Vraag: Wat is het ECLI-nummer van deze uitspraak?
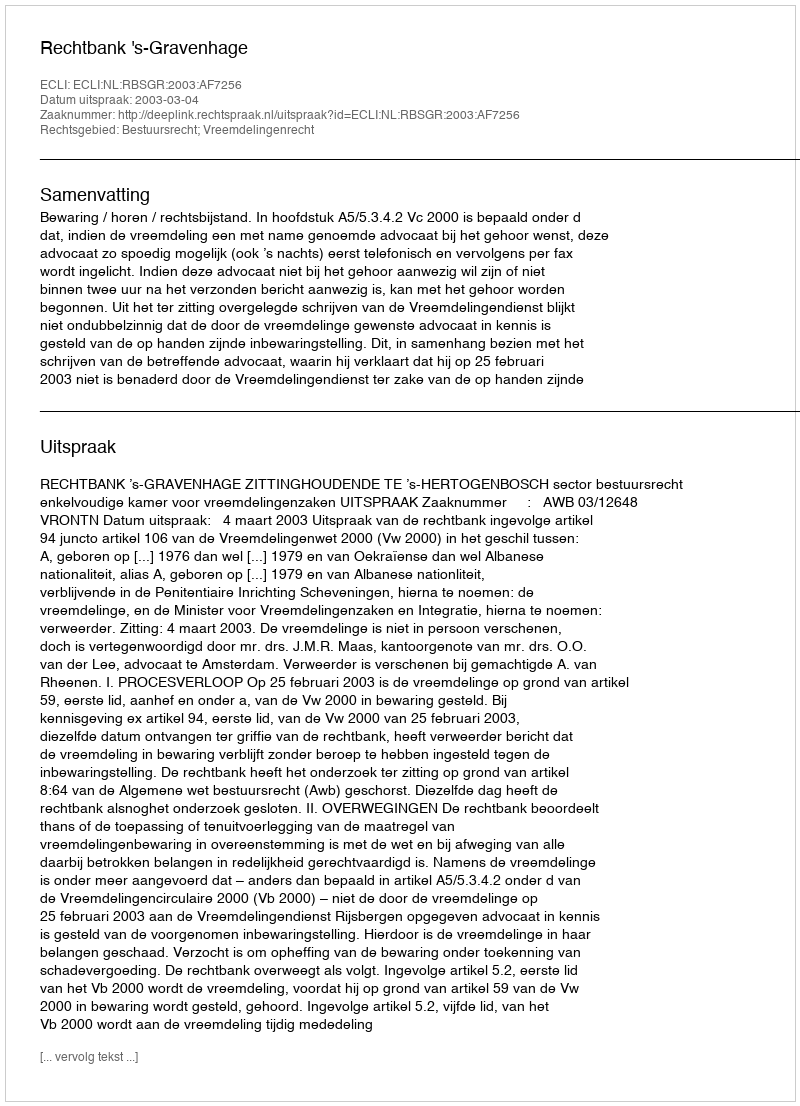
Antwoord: ECLI:NL:RBSGR:2003:AF7256